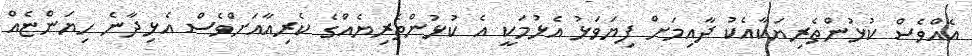
އެއްވެސް ކުޅުންތެރިޔަކާއެކު ދާއިމަށް ފިޔަވަޅު އެޅުމަކީ އެ ކުޅުންތެރިޔެއްގެ ކެރިއާއަށްވެސް އެޅިދާނެ ހިޔަންޏެއް